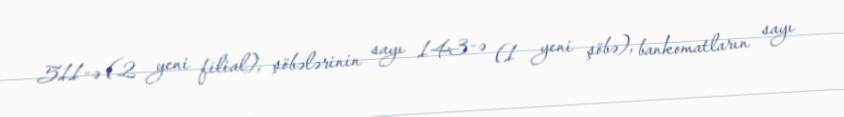
511-ə (2 yeni filial), şöbələrinin sayı 143-ə (1 yeni şöbə), bankomatların sayı